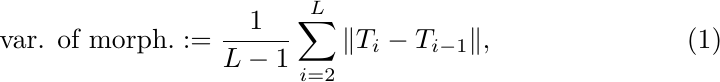
\begin{equation}
    \text{var. of morph.} :=\frac{1}{L-1}\sum_{i=2}^L \|T_i-T_{i-1}\|,
\end{equation}